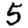
Digit: 5